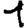
Digit: 1